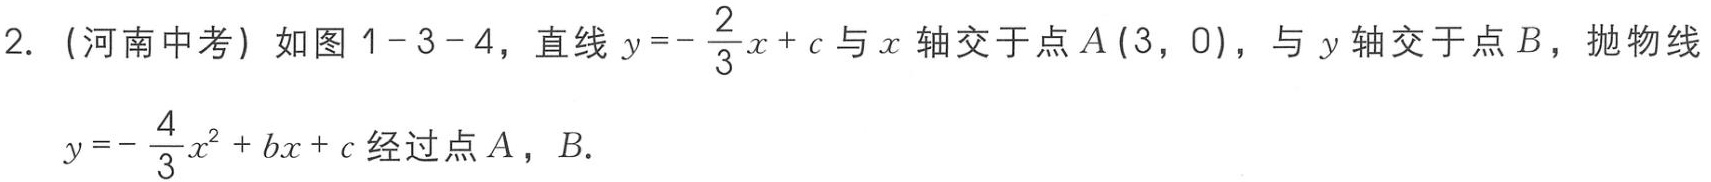
2. (河南中考) 如图1-3-4，直线\(y =-\dfrac{2}{3}x + c\)与\(x\)轴交于点\(A(3,0)\)，与\(y\)轴交于点\(B\)，抛物线\(y =-\dfrac{4}{3}x^{2}+bx + c\)经过点\(A\)，\(B\).